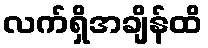
လက်ရှိအချိန်ထိ